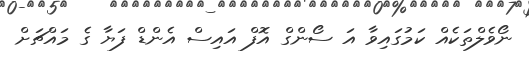
ނޯވެލްތަކެއް ކަމުގައިވާ އަ ސޯންގް އޮފް އައިސް އެންޑް ފަޔާ ގެ މައްޗަށް